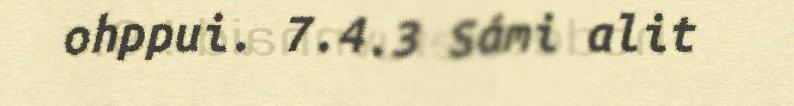
ohppui. 7.4.3 Sámi alit